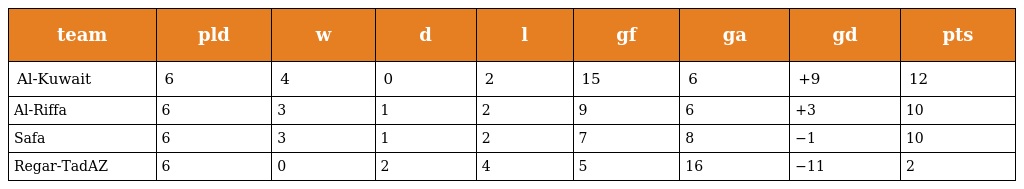
| team | pld | w | d | l | gf | ga | gd | pts |
 | --- | --- | --- | --- | --- | --- | --- | --- | --- |
 | Al-Kuwait | 6 | 4 | 0 | 2 | 15 | 6 | +9 | 12 |
 | Al-Riffa | 6 | 3 | 1 | 2 | 9 | 6 | +3 | 10 |
 | Safa | 6 | 3 | 1 | 2 | 7 | 8 | −1 | 10 |
 | Regar-TadAZ | 6 | 0 | 2 | 4 | 5 | 16 | −11 | 2 |